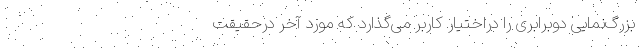
بزرگ‌نمایی دوبرابری را دراختیار کاربر می‌گذارد که مورد آخر درحقیقت